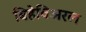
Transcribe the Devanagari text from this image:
बिहेविअरल